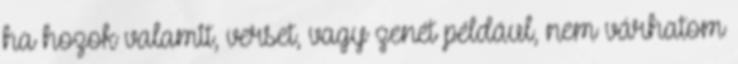
ha hozok valamit, verset, vagy zenét például, nem várhatom